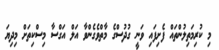
މި ކުރިމަތިލުންތައް ފެށިފައި ވަނީ ގުދުސްގެ މާތްވެެގެންވާ އަލް އަގްސާ މިސްކިތަށް މިދިޔަ